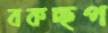
বকচ্ছপ